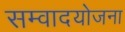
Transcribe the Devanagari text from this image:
सम्वादयोजना